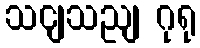
သငျသညျ ဂုရု